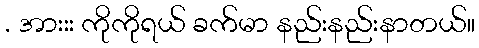
. အားးး ကိုကိုရယ် ခက်မာ နည်းနည်းနာတယ်။